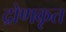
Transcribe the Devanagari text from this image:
द्रोणकृत